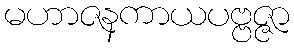
မဟာဇနကာယပဗ္ဗဇ္ဇာ